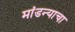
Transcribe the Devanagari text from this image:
मांडन्याचा